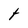
Character: t